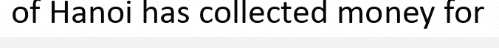
of Hanoi has collected money for